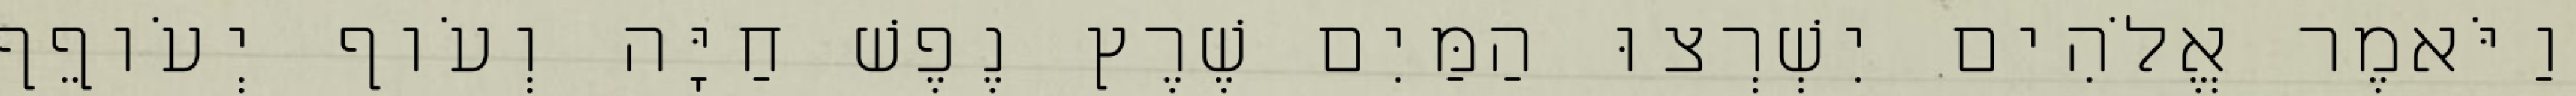
וַיֹּאמֶר אֱלֹהִים יִשְׁרְצוּ הַמַּיִם שֶׁרֶץ נֶפֶשׁ חַיָּה וְעֹוף יְעֹוףֵף